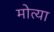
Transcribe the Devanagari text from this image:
मोत्या